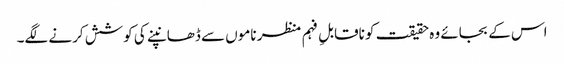
اس کے بجائے وہ حقیقت کو ناقابلِ فہم منظر ناموں سے ڈھانپنے کی کوشش کرنے لگے۔